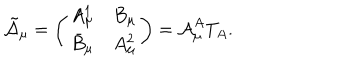
\tilde { \cal A } _ { \mu } = \left( \begin{array} { c c } { { A _ { \mu } ^ { 1 } } } & { { B _ { \mu } } } \\ { { \bar { B } _ { \mu } } } & { { A _ { \mu } ^ { 2 } } } \\ \end{array} \right) = { \cal A } _ { \mu } ^ { A } T _ { A } .